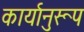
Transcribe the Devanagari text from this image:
कार्यानुरूप